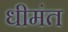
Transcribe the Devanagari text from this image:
धीमंत